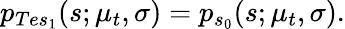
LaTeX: p_{Tes_{1}}(s;\mu_{t},\sigma)=p_{s_{0}}(s;\mu_{t},\sigma).